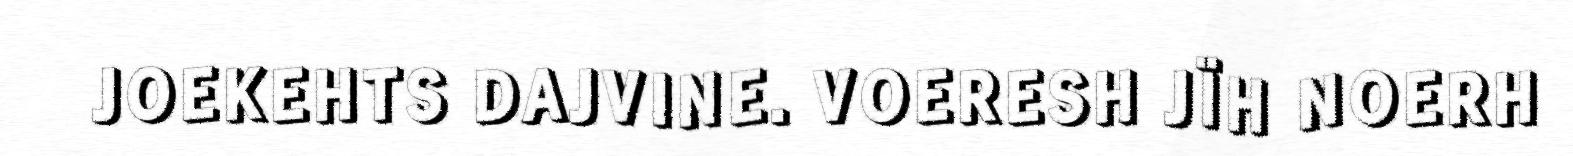
JOEKEHTS DAJVINE. VOERESH JÏH NOERH